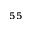
^ { 5 5 }